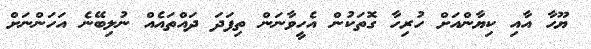
ޔޫހާ އާއި ކިޔާންއަށް ހުރިހާ ގޮތަކުން އެހީވާނަން ތިފަދަ ދައްތައެއް ނުލިބޭނެ އަހަންނަށް